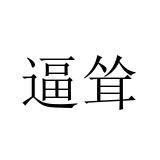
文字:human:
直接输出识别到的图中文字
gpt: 逼耸